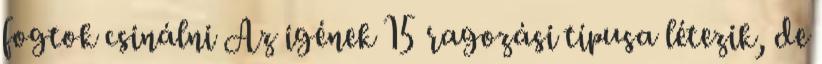
fogtok csinálni Az igének 15 ragozási típusa létezik, de